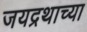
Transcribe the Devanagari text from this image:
जयद्रथाच्या